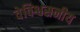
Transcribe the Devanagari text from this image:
वेविश्वसनीय